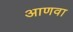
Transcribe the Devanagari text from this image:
आणवा